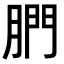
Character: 𦝋